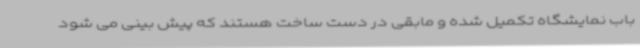
باب نمایشگاه تکمیل شده و مابقی در دست ساخت هستند که پیش بینی می شود